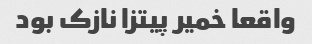
واقعا خمیر پیتزا نازک بود